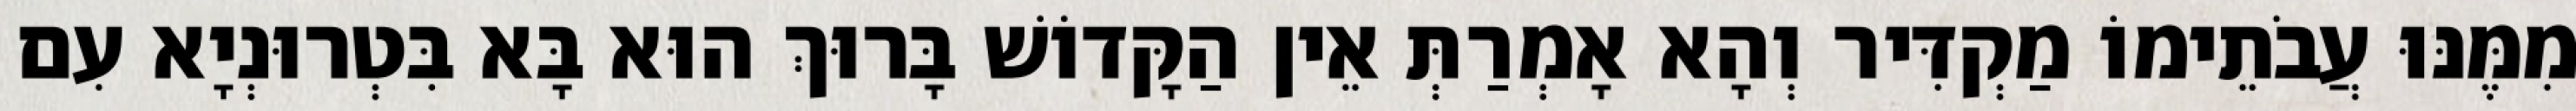
מִמֶּנּוּ עֲבֹתֵימוֹ מַקְדִּיר וְהָא אָמְרַתְּ אֵין הַקָּדוֹשׁ בָּרוּךְ הוּא בָּא בִּטְרוּנְיָא עִם